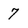
Character: 7